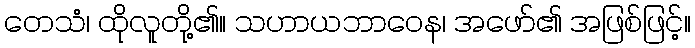
တေသံ၊ ထိုလူတို့၏။ သဟာယဘာဝေန၊ အဖော်၏ အဖြစ်ဖြင့်။